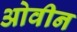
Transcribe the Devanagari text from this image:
ओवीन